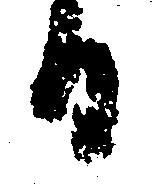
日